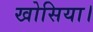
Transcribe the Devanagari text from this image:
खोसिया।